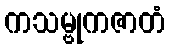
ကသမ္ဗုကဇာတံ